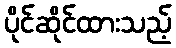
ပိုင်ဆိုင်ထားသည့်